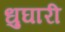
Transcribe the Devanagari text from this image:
धुघारी